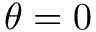
\theta = 0